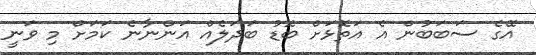
އޭގެ ސަބަބުން އެ އަތޮޅަށް ބޮޑު ބަދަލެއް އަންނާނެ ކަމަށް މި ވަނީ